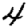
Digit: 4